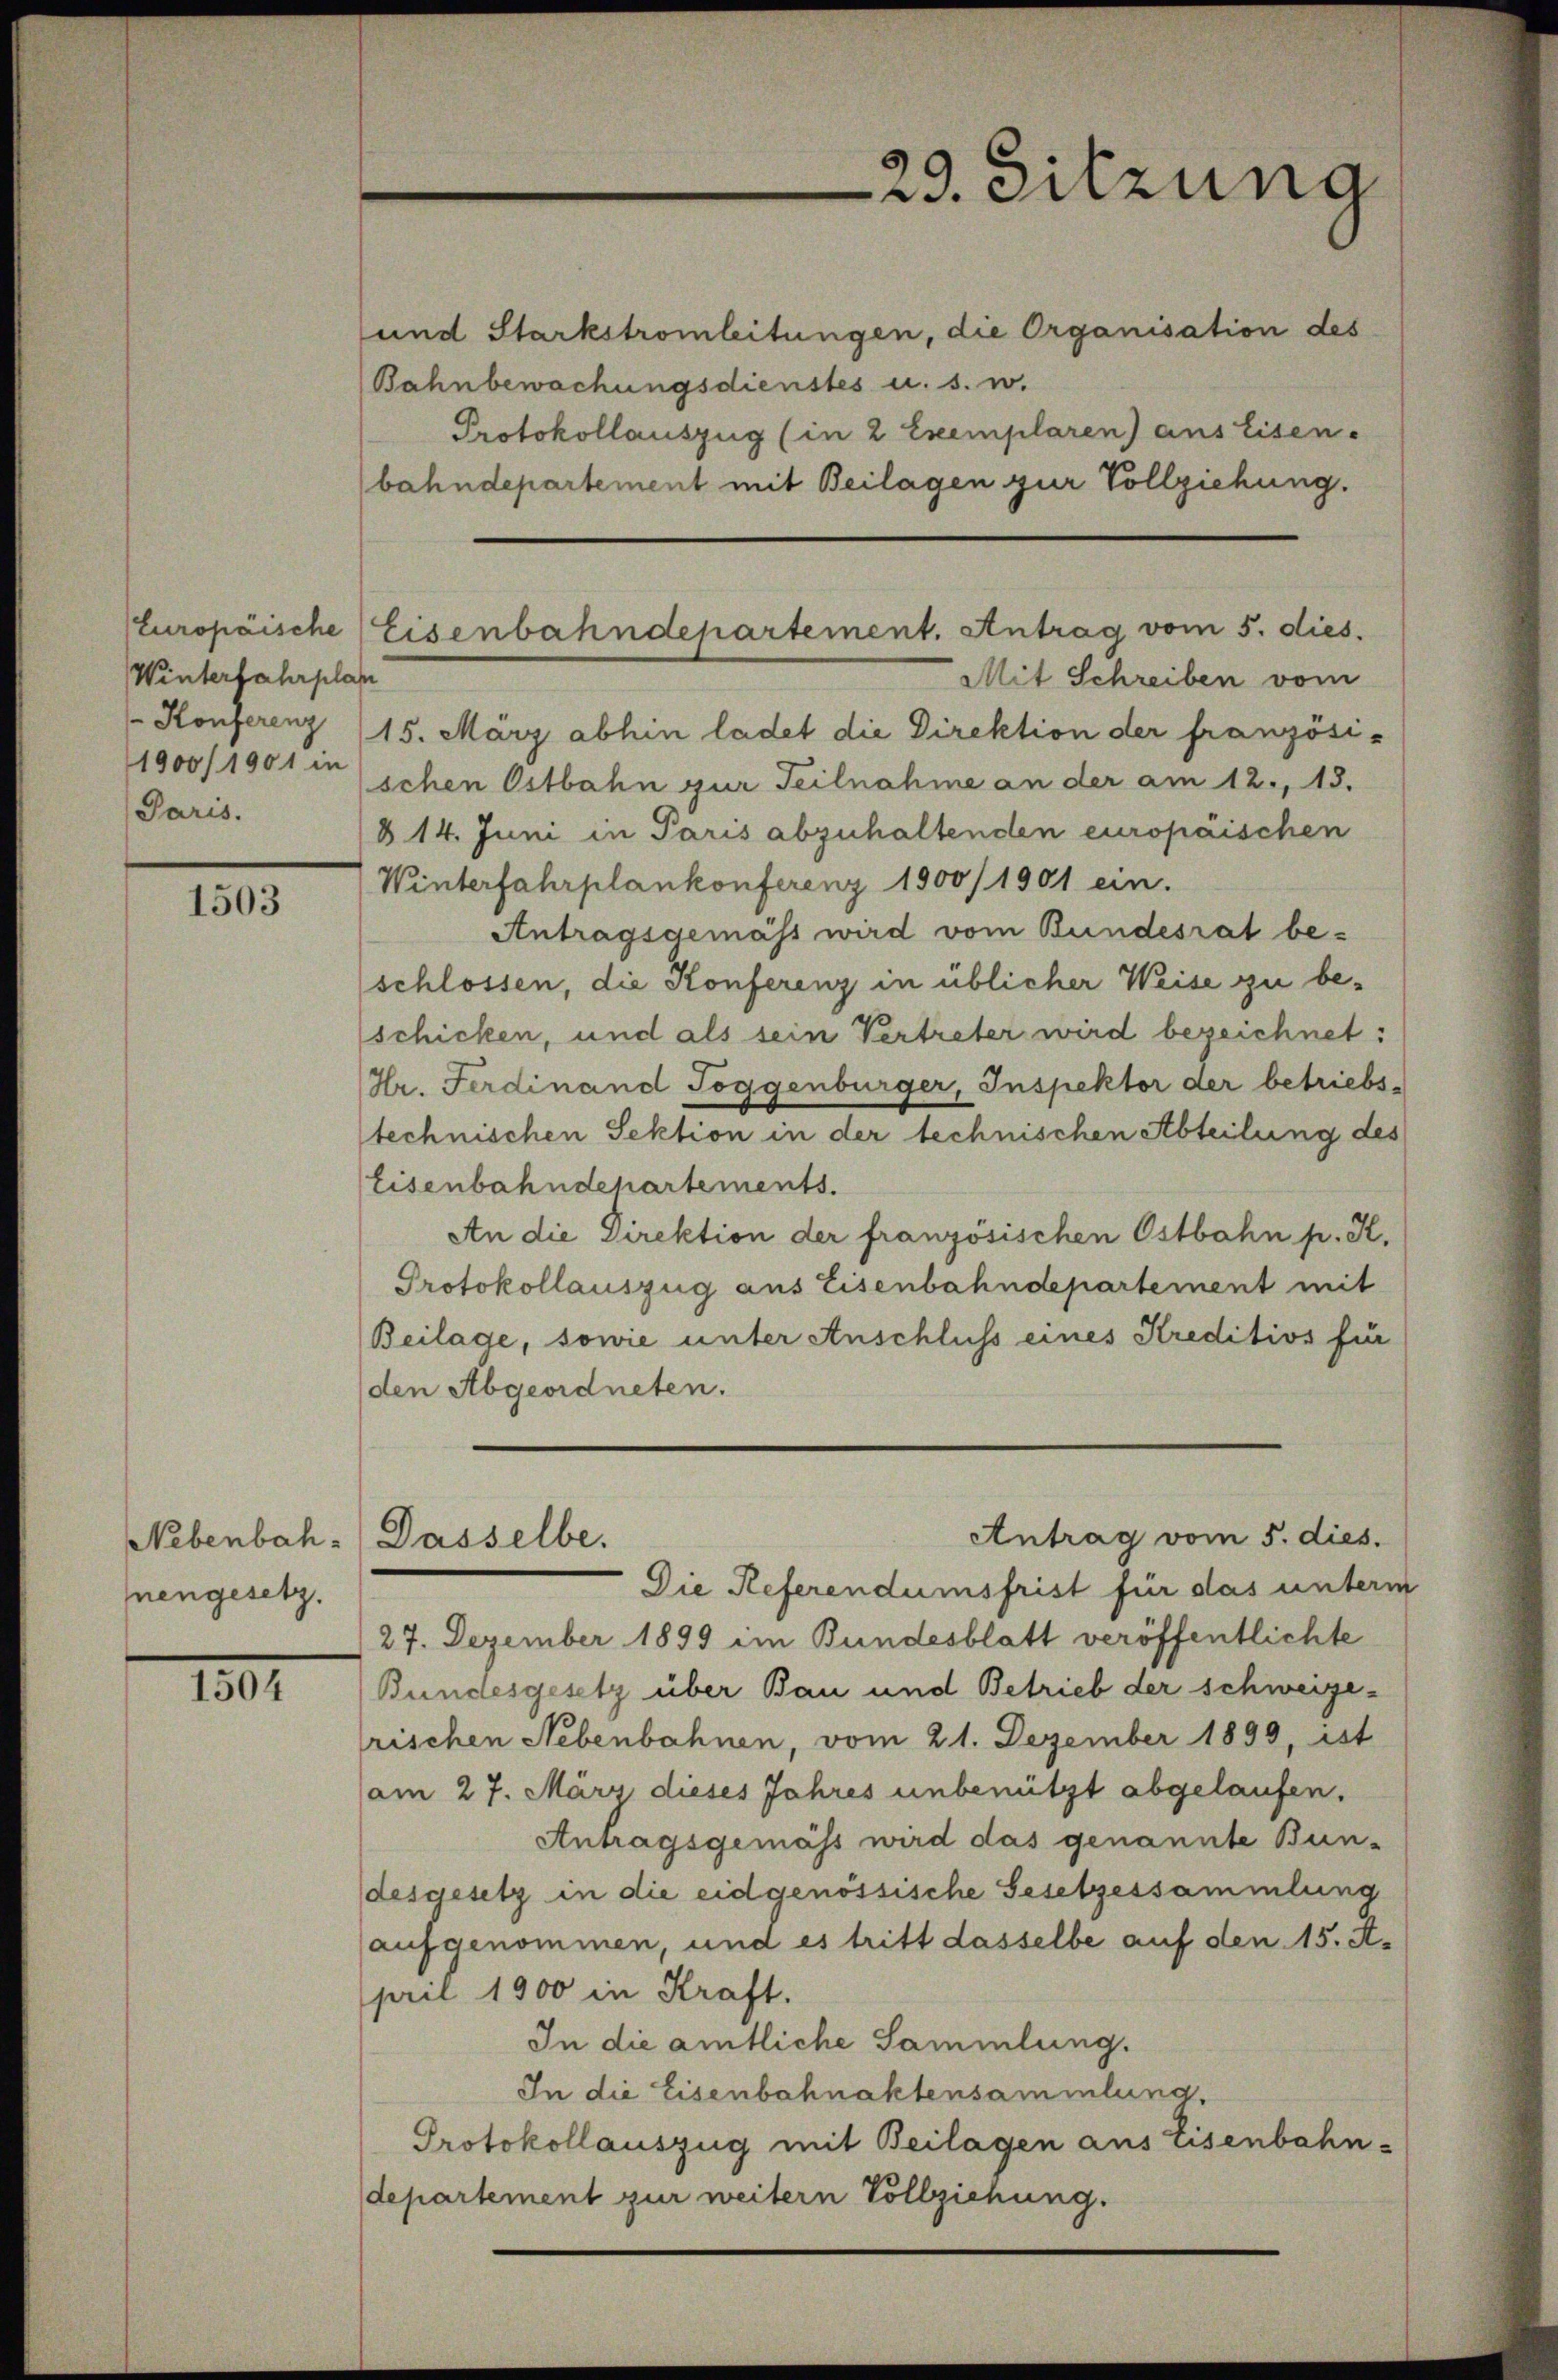
Europäische
Winterfahrplan
1900/1901 in
Paris.

1503

Nebenbahnengesetz.

10

und Starkstromleitungen, die Organisation des
Bahnbewachungsdienstes u. s. w.
Protokollauszug (in 2 Exemplaren) aus Eisen.
bahndepartement mit Beilagen zur Vollziehung.

Mit Schreiben vom
Konferenz (15. März abhin ladet die Direktion der französi-
schen Ostbahn zur Teilnahme an der am 12., 13.
814. Juni in Paris abzuhaltenden europäischen
Winterfahrplankonferenz 1900/1901 ein.
Antragsgemäss wird vom Bundesrat beschlossen, die Konferenz in üblicher Weise zu be-
schicken, und als sein Vertreter wird bezeichnet:
Hr. Ferdinand Toggenbürger, Inspektor der betriebs-
technischen Sektion in der technischen Abteilung des
Eisenbahndepartements.
An die Direktion der französischen Ostbahn p. K.
Protokollauszug aus Eisenbahndepartement mit
Beilage, sowie unter Anschluss eines Kreditivs für
(den Abgeordneten.
Antrag vom 5. dies.
Dasselbe.
Die Referendumsfrist für das unterm
27. Dezember 1899 im Bundesblatt veröffentlichte
Bundesgesetz über Bau und Betrieb der schweizerischen Nebenbahnen, vom 21. Dezember 1899, ist
am 27. März dieses Jahres unbenützt abgelaufen.
Antragsgemäss wird das genannte Bun-
desgesetz in die eidgenössische Gesetzessammlung
aufgenommen, und es tritt dasselbe auf den 15. A.
pril 1900 in Kraft.
In die amtliche Sammlung.
In die Eisenbahnaktensammlung,
Protokollauszug mit Beilagen aus Eisenbahndepartement zur weitern Vollziehung.

29. Sitzung

Eisenbahndepartement. Antrag vom 5. dies